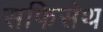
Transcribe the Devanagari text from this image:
सफिसेथ